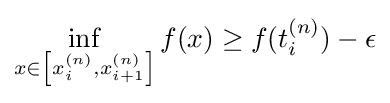
\inf _{x\in \left[x_{i}^{(n)},x_{i+1}^{(n)}\right]}f(x)\geq f(t_{i}^{(n)})-\epsilon